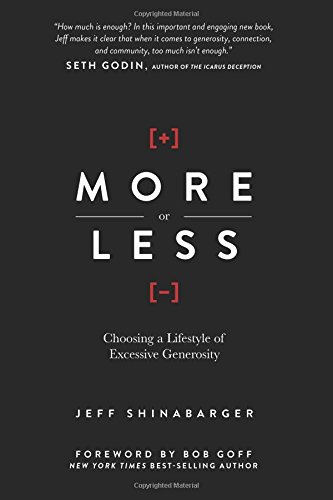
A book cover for More or Less: Choosing a Lifestyle of Excessive Generosity; Jeff Shinabarger; Christian Books & Bibles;